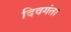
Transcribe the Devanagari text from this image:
दिवगंता